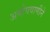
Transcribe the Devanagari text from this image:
अमोघवाणीने